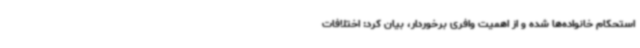
استحکام خانواده‌ها شده و از اهمیت وافری برخوردار، بیان کرد: اختلافات